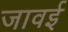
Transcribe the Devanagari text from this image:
जावई